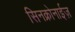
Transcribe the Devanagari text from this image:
सिनक्रोनाईज़